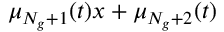
\mu _ { N _ { g } + 1 } ( t ) x + \mu _ { N _ { g } + 2 } ( t )